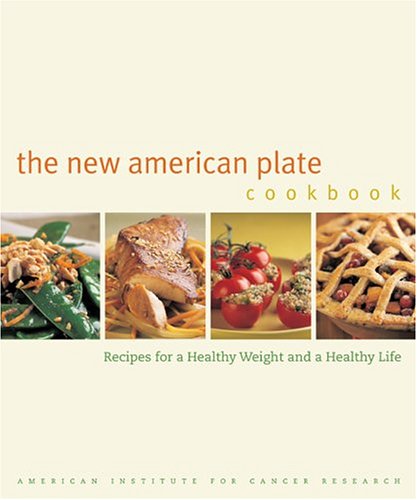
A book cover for The New American Plate Cookbook: Recipes for a Healthy Weight and a Healthy Life; American Institute for Cancer Research; Cookbooks, Food & Wine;